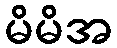
မိမိအ